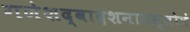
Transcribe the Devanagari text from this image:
गणेशद्वादशनामस्तोत्रं